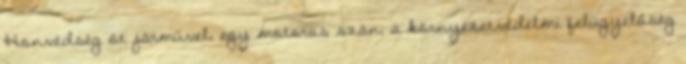
Honvédség öt járművel, egy motoros szán, a környezetvédelmi felügyelőség